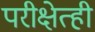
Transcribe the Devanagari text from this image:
परीक्षेत्ही